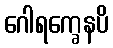
ဂေါရက္ခေနပိ